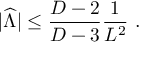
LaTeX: | { \widehat \Lambda } | \leq { \frac { D - 2 } { D - 3 } } { \frac { 1 } { L ^ { 2 } } } ~ .